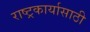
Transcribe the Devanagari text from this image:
राष्ट्रकार्यासाठी